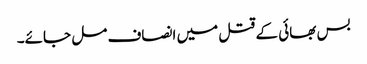
بس بھائی کے قتل میں انصاف مل جائے۔